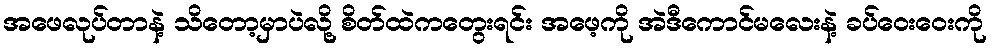
အဖေလုပ်တာနဲ့ သိတော့မှာပဲလို့ စိတ်ထဲကတွေးရင်း အဖေ့ကို အဲဒီကောင်မလေးနဲ့ ခပ်ဝေးဝေးကို